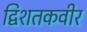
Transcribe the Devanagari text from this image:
द्विशतकवीर